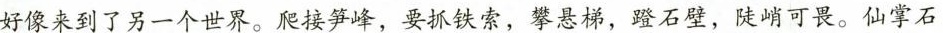
好像来到了另一个世界。爬接笋峰，要抓铁索，攀悬梯，蹬石壁，陡峭可畏。仙掌石